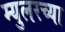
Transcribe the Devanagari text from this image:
म्युलरच्या